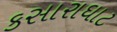
કસારાઘાટ